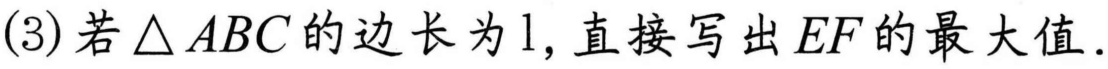
(3) 若$\triangle ABC$的边长为$1$, 直接写出$EF$的最大值.